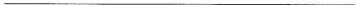
___